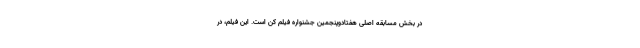
در بخش مسابقه اصلی هفتادوپنجمین جشنواره فیلم کن است. این فیلم، در